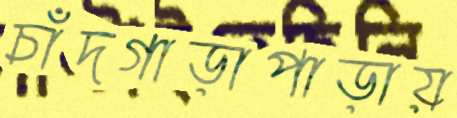
চাঁদগাড়াপাড়ায়